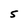
Character: 5